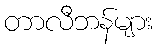
တာလီဘန်များ